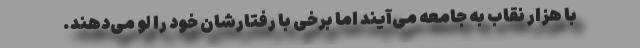
با هزار نقاب به جامعه می‌آیند اما برخی با رفتار‌شان خود را لو می‌دهند.